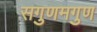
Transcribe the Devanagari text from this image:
सगुणमगुण